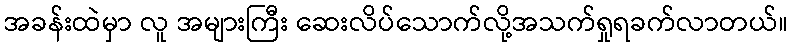
အခန်းထဲမှာ လူ အများကြီး ဆေးလိပ်သောက်လို့အသက်ရှုရခက်လာတယ်။